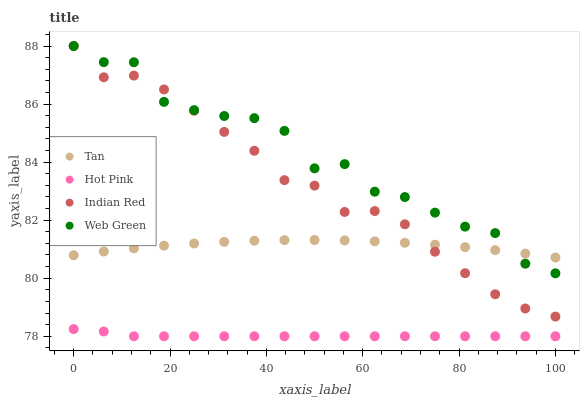
| xaxis_label | Tan | Hot Pink | Indian Red | Web Green |
 | --- | --- | --- | --- | --- |
 | 0 | 80.8 | 78.2 | 88 | 88 |
 | 6.25 | 80.9 | 78.2 | 86.9 | 87.4 |
 | 12.5 | 81 | 78 | 87 | 87.4 |
 | 18.8 | 81.1 | 78 | 86.5 | 86.1 |
 | 25 | 81.2 | 78 | 85.8 | 85.8 |
 | 31.2 | 81.3 | 78 | 85 | 85.6 |
 | 37.5 | 81.3 | 78 | 84.4 | 85.5 |
 | 43.8 | 81.3 | 78 | 83.4 | 85.1 |
 | 50 | 81.3 | 78 | 83.2 | 83.8 |
 | 56.2 | 81.3 | 78 | 82.3 | 83.9 |
 | 62.5 | 81.3 | 78 | 82.3 | 83 |
 | 68.8 | 81.2 | 78 | 81.9 | 82.8 |
 | 75 | 81.2 | 78 | 80.9 | 82.3 |
 | 81.2 | 81.1 | 78 | 80.2 | 81.8 |
 | 87.5 | 81 | 78 | 79.4 | 81.6 |
 | 93.8 | 80.8 | 78 | 79 | 80.5 |
 | 100 | 80.7 | 78 | 78.7 | 80.2 |